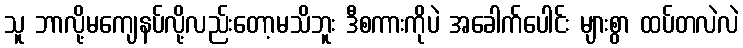
သူ ဘာလို့မကျေနပ်လို့လည်းတော့မသိဘူး ဒီစကားကိုပဲ အခေါက်ပေါင်း များစွာ ထပ်တလဲလဲ